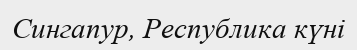
Сингапур, Республика күні